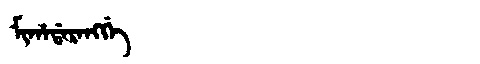
Manchu: ᠮᡳᡥᠠᡩᠠᡵᠠᠩᡤᡝ
Romanization: MIHADARANGGE